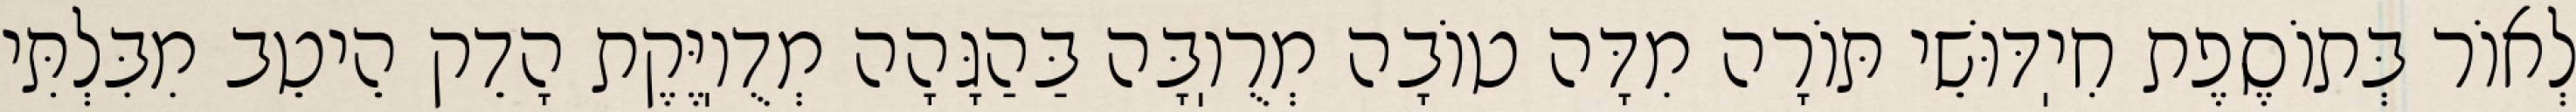
לְאוֹר בְּתוֹסֶפֶת חִיֽדּוּשֵׁי תּוֹרָה מִדָּה טוֹבָה מְרֻוֽבָּה בַּהַגָּהָה מְדֻוֽיֶּקֶת הָדֵק הֵיטֵב מִבִּלְתִּי